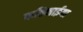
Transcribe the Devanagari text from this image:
कठिनाईया